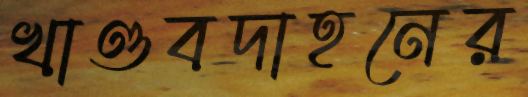
খাণ্ডবদাহনের